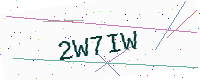
Text: 2W7IW